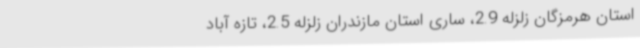
استان هرمزگان زلزله 2.9، ساری استان مازندران زلزله 2.5، تازه آباد